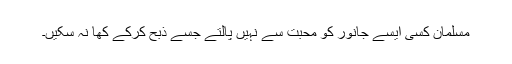
مسلمان کسی ایسے جانور کو محبت سے نہیں پالتے جسے ذبح کرکے کھا نہ سکیں۔